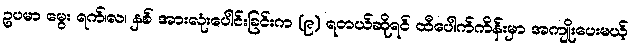
ဥပမာ မွေး ရက်၊လ၊ နှစ် အားလုံးပေါင်းခြင်းက (၉) ရတယ်ဆိုရင် ထီပေါက်ကိန်းမှာ အကျိုးပေးမယ့်